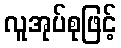
လူအုပ်စုဖြင့်